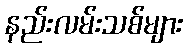
နည်းလမ်းသစ်များ